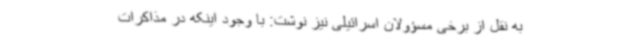
به نقل از برخی مسؤولان اسرائیلی نیز نوشت: با وجود اینکه در مذاکرات